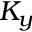
K _ { y }